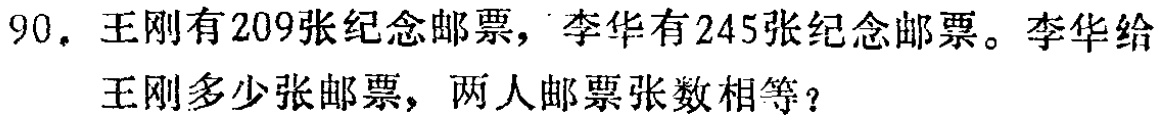
90. 王刚有209张纪念邮票，李华有245张纪念邮票。李华给王刚多少张邮票，两人邮票张数相等？